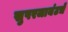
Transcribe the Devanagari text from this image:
सुपरजायंटचे